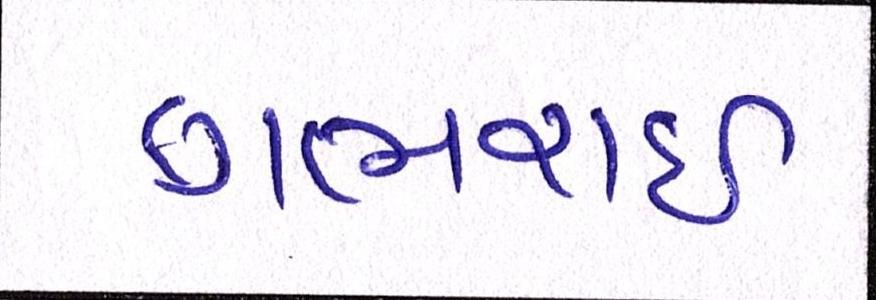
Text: ગભરાઇ